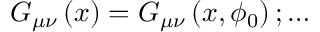
G _ { \mu \nu } \left( x \right) = G _ { \mu \nu } \left( x , \phi _ { 0 } \right) ; \ldots